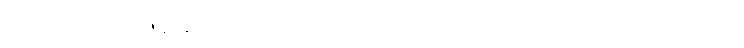
သူက လော်ရာ ဇွန်းနှင့် ခက်ရင်းကို ကိုင်ပုံ၊ လက်သုတ်ပဝါကို အသုံးပြုပုံတို့ကို သူက